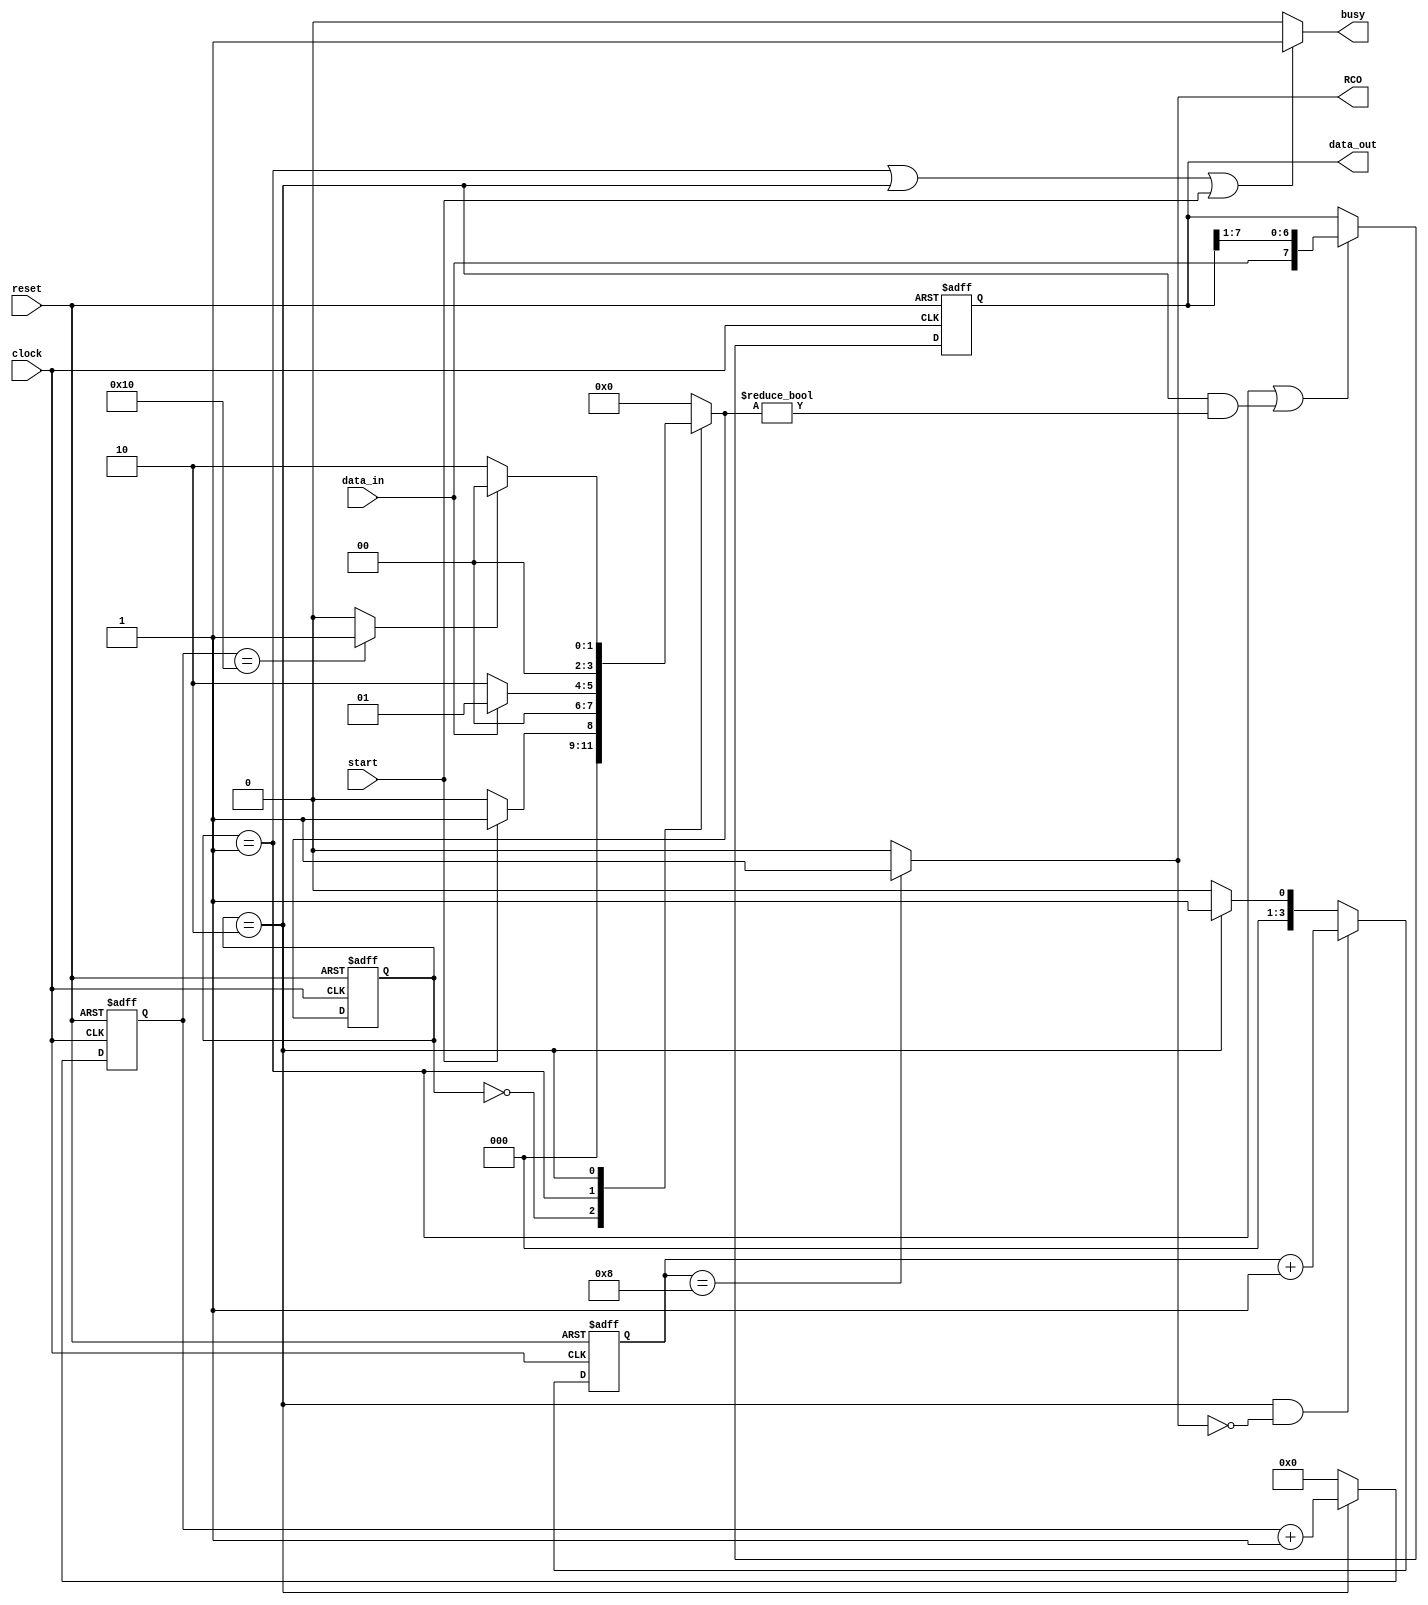
module DeserializerWithCounter(
        data_out,
        busy,
        RCO,
        start,
        data_in,
        clock,
        reset
    );

    parameter DATA_LENGTH = 16; // length of serial input
    parameter DATA_COUNTER_SIZE = clog2(DATA_LENGTH)+1;
    parameter WORD_SIZE = 8;    // size of data_out and RCO will assert 1 at the end of word
    parameter WORD_COUNTER_SIZE = clog2(WORD_SIZE)+1;
    parameter START_BIT = 1'b0;
	 
		function integer clog2;
		input integer value;
		begin 
		value = value-1;
		for (clog2=0; value>0; clog2=clog2+1)
		value = value>>1;
		end 
		endfunction

    input wire data_in;
    input wire clock;
    input wire reset;
    input wire start;

    output wire [WORD_SIZE-1 : 0] data_out;
    output wire RCO;
    output wire busy;

    reg [WORD_SIZE-1 : 0]data;
    reg [WORD_COUNTER_SIZE-1:0]counter;
    reg [DATA_COUNTER_SIZE-1:0]data_counter;
    reg [3:0]ps;
    reg [3:0]ns;

    wire [WORD_COUNTER_SIZE-1:0]added_word_counter;
    wire [WORD_COUNTER_SIZE-1:0]next_counter;
    wire [DATA_COUNTER_SIZE-1:0]added_data_counter;
    wire [DATA_COUNTER_SIZE-1:0]next_data_counter;
    wire lastBitInWord;
    wire lastBitInData;
    wire [WORD_SIZE-1 : 0]next_data;

    assign added_word_counter = counter + 1;
    assign added_data_counter = data_counter + 1;
    assign next_counter = (ps == 2 && !lastBitInWord) ? added_word_counter : (ps == 2) ? {{WORD_COUNTER_SIZE-1{1'b0}},{1'b1}} : {WORD_COUNTER_SIZE{1'b0}};
    assign next_data_counter = (ps == 2) ? added_data_counter : {DATA_COUNTER_SIZE{1'b0}};
    assign next_data = (ps ==1||(ps == 2 && ns != 1'b0)) ? {data_in,data[WORD_SIZE-1 : 1]} : data;
    assign lastBitInWord = (counter == WORD_SIZE) ? 1'b1 : 1'b0;
    assign lastBitInData = (data_counter == DATA_LENGTH) ? 1'b1 : 1'b0;
    assign RCO = lastBitInWord;
    assign busy = (ps == 4'b0001 || ps == 4'b0010 || start) ? 1'b1 : 1'b0;
    assign data_out = data;

    initial begin
        ps <= 0;
        counter <= 0;
        data <= 0;
        data_counter <= 0;
    end

    always @(posedge clock or posedge reset) begin
        if(reset) begin
            ps <= 0;
            counter <= 0;
            data <= 8'hC9;
            data_counter <= 0;
        end
        else begin
            ps <= ns;
            counter <= next_counter;
            data <= next_data;
            data_counter <= next_data_counter;
        end
    end

    always @(*) begin
        case(ps)
            4'b0000 : begin
                    if(start) begin
                        ns <= 4'b0001;
                    end
                    else begin
                        ns <= 4'b0000;
                    end
            end

            4'b0001 : begin
                    if(data_in == START_BIT) begin
                        ns <= 4'b0010;
                    end
                    else begin
                        ns <= 4'b0001;
                    end
            end

            4'b0010 : begin
                    if(lastBitInData) begin
                        ns <= 4'b0000;
                    end
                    else begin
                        ns <= 4'b0010;
                    end
            end

            default : begin
                ns <= 4'b0000;
            end
        endcase
    end
endmodule